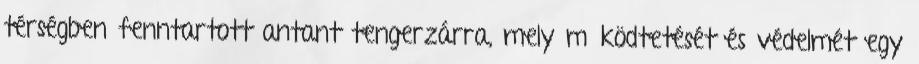
térségben fenntartott antant tengerzárra, mely működtetését és védelmét egy